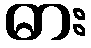
ဓား